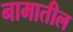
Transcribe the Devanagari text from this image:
नामातील